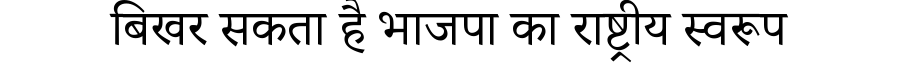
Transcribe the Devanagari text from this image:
बिखर सकता है भाजपा का राष्ट्रीय स्वरूप